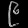
Digit: ၉